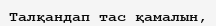
Талқандап тас қамалын,